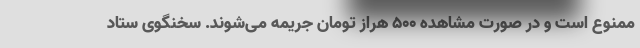
ممنوع است و در صورت مشاهده 500 هراز تومان جریمه می‌شوند. سخنگوی ستاد